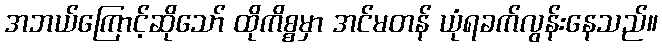
အဘယ်ကြောင့်ဆိုသော် ထိုကိစ္စမှာ အင်မတန် ယုံရခက်လွန်းနေသည်။